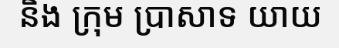
និង ក្រុម ប្រាសាទ យាយ